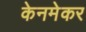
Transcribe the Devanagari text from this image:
केनमेकर